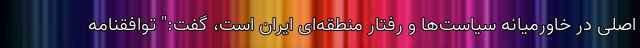
اصلی در خاورمیانه سیاست‌ها و رفتار منطقه‌ای ایران است، گفت:" توافقنامه